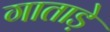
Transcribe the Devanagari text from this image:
गाताड़े